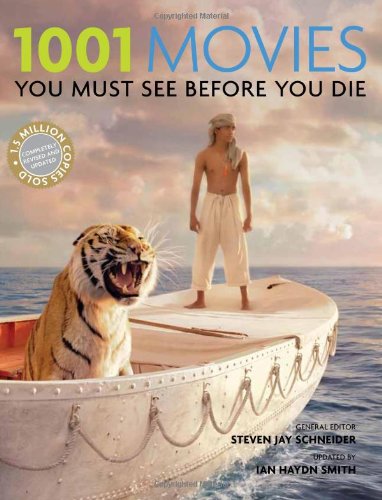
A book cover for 1001 Movies You Must See Before You Die; Steven Jay Schneider; Humor & Entertainment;